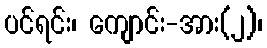
ပင်ရင်း၊ ကျောင်း-အား(၂)၊